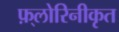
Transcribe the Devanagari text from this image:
फ़्लोरिनीकृत